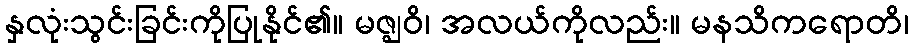
နှလုံးသွင်းခြင်းကိုပြုနိုင်၏။ မဇ္ဈဝိ၊ အလယ်ကိုလည်း။ မနသိကရောတိ၊